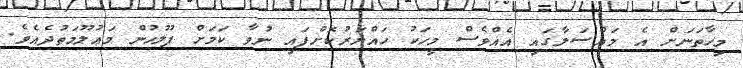
މިހާތަނަށް އެ މައްސަލާގައި އެއްވެސް މީހަކު ހައްޔަރުކޮށްފައި ނުވާ ކަމަށް ފުލުހުން މަޢުލޫމަތުދެއެވެ.